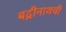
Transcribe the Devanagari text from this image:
बद्रीनाथची